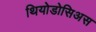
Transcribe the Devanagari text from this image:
थियोडोसिअस